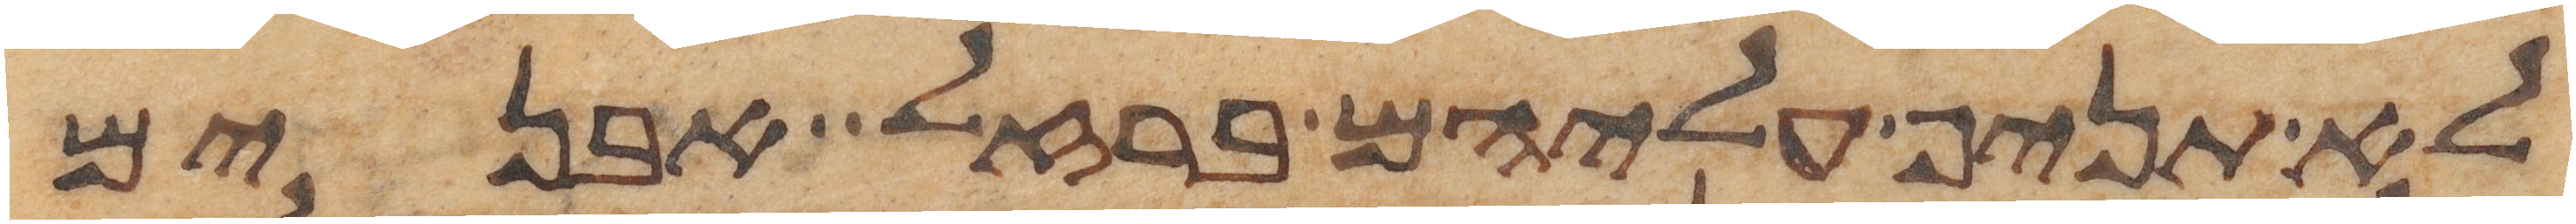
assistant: לא תניף עליהם ברזל אבנים